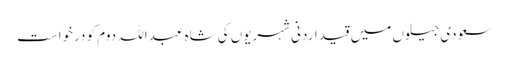
سعودی جیلوں میں قید اردنی شہریوں کی شاہ عبداللہ دوم کو درخواست